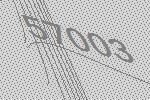
57003